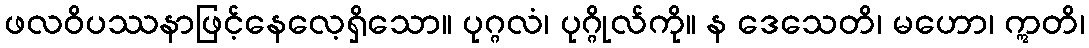
ဖလဝိပဿနာဖြင့်နေလေ့ရှိသော။ ပုဂ္ဂလံ၊ ပုဂ္ဂိုလ်ကို။ န ဒေသေတိ၊ မဟော၊ ဣတိ၊